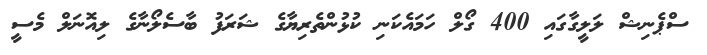
ސްޕެނިޝް ލަލީގާގައި 400 ގޯލް ހަމައެކަނި ކުޅުންތެރިޔާގެ ޝަރަފު ބާސެލޯނާގެ ލިއޮނަލް މެސީ